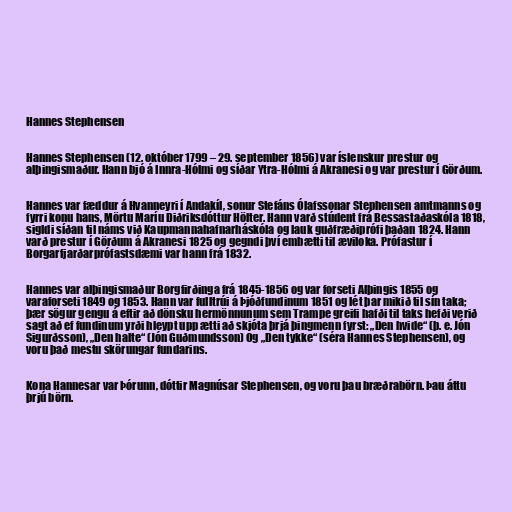
Hannes Stephensen

Hannes Stephensen (12. október 1799 – 29. september 1856) var íslenskur prestur og
alþingismaður. Hann bjó á Innra-Hólmi og síðar Ytra-Hólmi á Akranesi og var prestur í Görðum.

Hannes var fæddur á Hvanneyri í Andakíl, sonur Stefáns Ólafssonar Stephensen amtmanns og
fyrri konu hans, Mörtu Maríu Diðriksdóttur Hölter. Hann varð stúdent frá Bessastaðaskóla 1818,
sigldi síðan til náms við Kaupmannahafnarháskóla og lauk guðfræðiprófi þaðan 1824. Hann
varð prestur í Görðum á Akranesi 1825 og gegndi því embætti til æviloka. Prófastur í
Borgarfjarðarprófastsdæmi var hann frá 1832.

Hannes var alþingismaður Borgfirðinga frá 1845-1856 og var forseti Alþingis 1855 og
varaforseti 1849 og 1853. Hann var fulltrúi á Þjóðfundinum 1851 og lét þar mikið til sín taka;
þær sögur gengu á eftir að dönsku hermönnunum sem Trampe greifi hafði til taks hefði verið
sagt að ef fundinum yrði hleypt upp ætti að skjóta þrjá þingmenn fyrst: „Den hvide“ (þ. e. Jón
Sigurðsson), „Den halte“ (Jón Guðmundsson) Og „Den tykke“ (séra Hannes Stephensen), og
voru það mestu skörungar fundarins.

Kona Hannesar var Þórunn, dóttir Magnúsar Stephensen, og voru þau bræðrabörn. Þau áttu
þrjú börn.